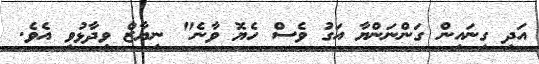
އަދި ގިނައިން ގަންނަންޔާ އަގު ވެސް ހެޔޮ ވާނެ" ނިޔާޒް ވިދާޅުވި އެވެ.